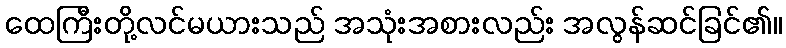
ထေကြီးတို့လင်မယားသည် အသုံးအစားလည်း အလွန်ဆင်ခြင်၏။